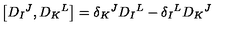
\left[ D _ { I } { } ^ { J } , D _ { K } { } ^ { L } \right] = \delta _ { K } { } ^ { J } D _ { I } { } ^ { L } - \delta _ { I } { } ^ { L } D _ { K } { } ^ { J }